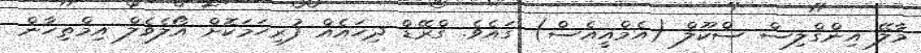
މާލޭ އިންގްލިސް ސްކޫލް (އެމްއީއެސް) ގައެވެ. ގްރޭޑް ދިހައެއް ފުރިހަމަކޮށް އޯލެވެލް އިމްތިހާން